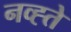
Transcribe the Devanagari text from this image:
नव्ह्ते